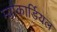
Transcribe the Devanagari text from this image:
म्योकार्डियल